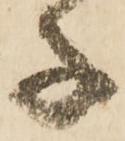
子